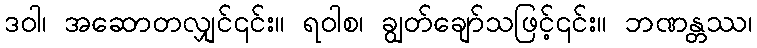
ဒဝါ၊ အဆောတလျှင်၎င်း။ ရဝါစ၊ ချွတ်ချော်သဖြင့်၎င်း။ ဘဏန္တဿ၊